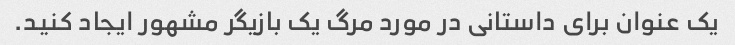
یک عنوان برای داستانی در مورد مرگ یک بازیگر مشهور ایجاد کنید.